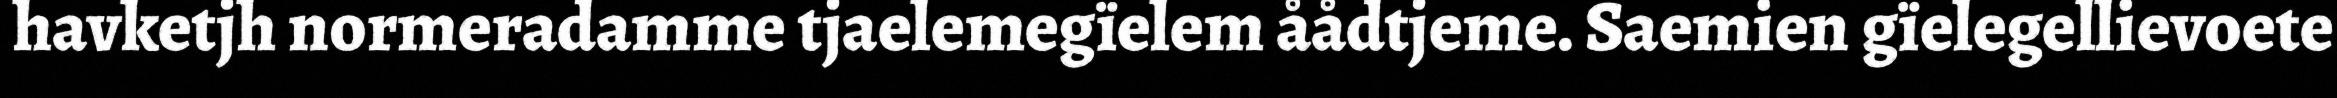
havketjh normeradamme tjaelemegïelem åådtjeme. Saemien gïelegellievoete